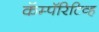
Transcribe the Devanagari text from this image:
कॅम्पॅरिटिव्ह